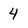
Character: 4